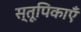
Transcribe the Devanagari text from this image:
स्तूपिकाएँ